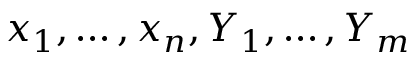
x _ { 1 } , \ldots , x _ { n } , Y _ { 1 } , \ldots , Y _ { m }